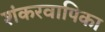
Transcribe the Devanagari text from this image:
शंकरवापिका